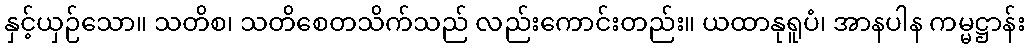
နှင့်ယှဉ်သော။ သတိစ၊ သတိစေတသိက်သည် လည်းကောင်းတည်း။ ယထာနုရူပံ၊ အာနပါန ကမ္မဋ္ဌာန်း